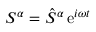
S ^ { \alpha } = \hat { S } ^ { \alpha } \, \mathrm { e } ^ { i \omega t }